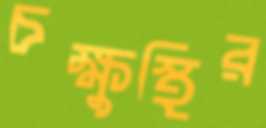
চক্ষুস্থির